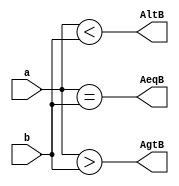
/*
	Comparadores de magnitude(revisitado)
	Projete, utilizando o Verilog, um circuito que se comporte como um comparador
	de magnitude de 4bits. O circuito possui duas entradas, denominadas "a" e "b",
	ambas de 4 bits. O circuito possui trs sadas, denominadas de "AeqB", "AgtB" 
	e "AltB", que indicam quando, respectivamente, A = B, A > B e A < B. No seu projeto, 
	utilize os operadors relacionais
*/
module comparadorDeMag(input [3:0] a,b, output AeqB,AgtB,AltB);
	assign AeqB = (a == b);
	assign AgtB = (a > b);
	assign AltB = (a < b);
endmodule